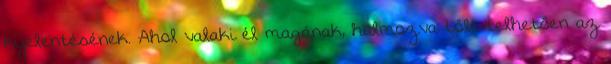
kijelentésének. Ahol valaki él magának, halmozva tőle telhetően az